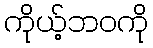
ကိုယ့်ဘဝကို